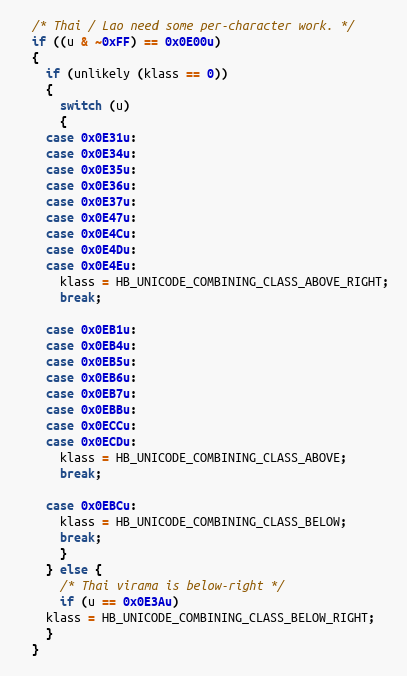
Language: C++
  /* Thai / Lao need some per-character work. */
  if ((u & ~0xFF) == 0x0E00u)
  {
    if (unlikely (klass == 0))
    {
      switch (u)
      {
	case 0x0E31u:
	case 0x0E34u:
	case 0x0E35u:
	case 0x0E36u:
	case 0x0E37u:
	case 0x0E47u:
	case 0x0E4Cu:
	case 0x0E4Du:
	case 0x0E4Eu:
	  klass = HB_UNICODE_COMBINING_CLASS_ABOVE_RIGHT;
	  break;

	case 0x0EB1u:
	case 0x0EB4u:
	case 0x0EB5u:
	case 0x0EB6u:
	case 0x0EB7u:
	case 0x0EBBu:
	case 0x0ECCu:
	case 0x0ECDu:
	  klass = HB_UNICODE_COMBINING_CLASS_ABOVE;
	  break;

	case 0x0EBCu:
	  klass = HB_UNICODE_COMBINING_CLASS_BELOW;
	  break;
      }
    } else {
      /* Thai virama is below-right */
      if (u == 0x0E3Au)
	klass = HB_UNICODE_COMBINING_CLASS_BELOW_RIGHT;
    }
  }